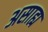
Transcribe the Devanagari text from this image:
असाह्य